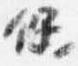
保